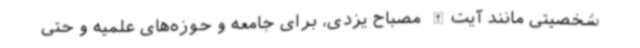
شخصیتی مانند آیت‌الله مصباح یزدی، برای جامعه و حوزه‌های علمیه و حتی